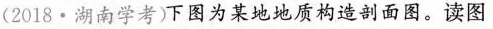
(2018·湖南学考)下图为某地地质构造剖面图。读图